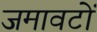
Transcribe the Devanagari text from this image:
जमावटों